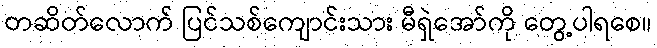
တဆိတ်လောက် ပြင်သစ်ကျောင်းသား မီရှဲအော်ကို တွေ့ပါရစေ။